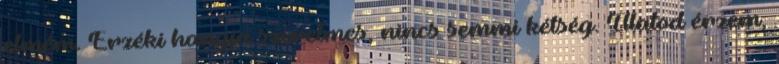
elmém. Érzéki hangja szerelmes, nincs semmi kétség. Illatod érzem,